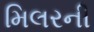
મિલરની